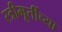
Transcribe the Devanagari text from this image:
स्त्रीमूर्तीच्या